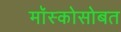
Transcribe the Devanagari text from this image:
मॉस्कोसोबत